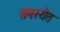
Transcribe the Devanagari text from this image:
समस्येत